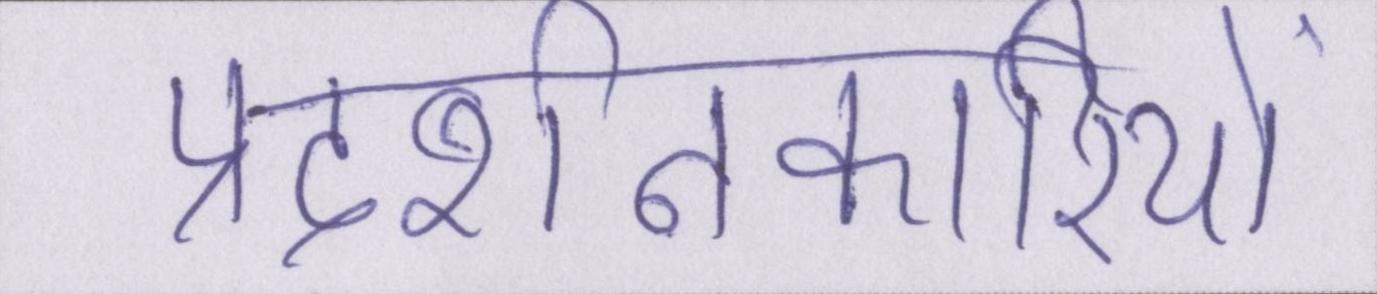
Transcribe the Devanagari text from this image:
प्रदर्शनकारियों